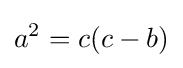
a^{2}=c(c-b)